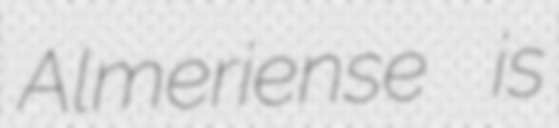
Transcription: Almeriense is